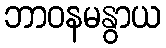
ဘာဝနမနွာယ